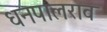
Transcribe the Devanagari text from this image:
धनपालराव